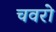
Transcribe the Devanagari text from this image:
चवरो